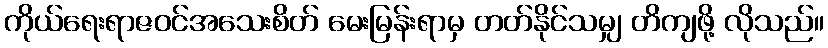
ကိုယ်ရေးရာဇဝင်အသေးစိတ် မေးမြန်းရာမှ တတ်နိုင်သမျှ တိကျဖို့ လိုသည်။